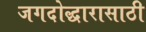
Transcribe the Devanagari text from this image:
जगदोद्धारासाठी